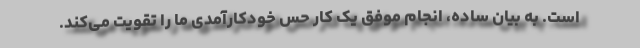
است. به بیان ساده، انجام موفق یک کار حس خودکارآمدی ما را تقویت می‌کند.